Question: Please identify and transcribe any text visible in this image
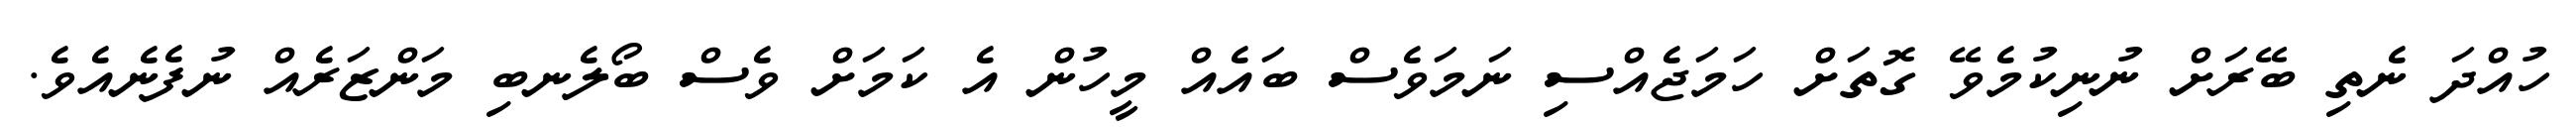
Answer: ހުއްދަ ނެތި ބޭރަށް ނުނިކުމެވޭ ގޮތަށް ހަމަޖެއްސި ނަމަވެސް ބައެއް މީހުން އެ ކަމަށް ވެސް ބޯލެނބި މަންޒަރެއް ނުފެނެއެވެ.